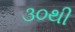
૩૦થી